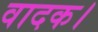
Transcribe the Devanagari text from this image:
वादक।